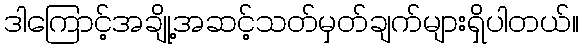
ဒါကြောင့်အချို့အဆင့်သတ်မှတ်ချက်များရှိပါတယ်။